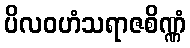
ပိလဝဟံသရာဇစိဏ္ဏံ